Report of the Indian Hemp Drugs Commission, 1894-1895 - Volume I
Year: 1894
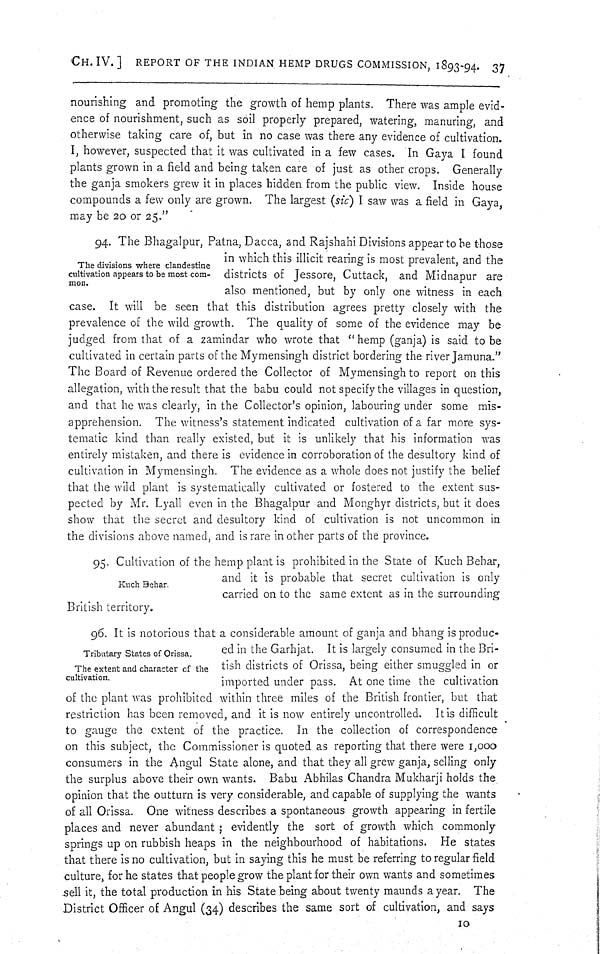
CH. IV.] REPORT OF THE INDIAN HEMP DRUGS COMMISSION, 1893-94. 37
nourishing and promoting the growth of hemp plants. There was ample evid-
ence of nourishment, such as soil properly prepared, watering, manuring, and
otherwise taking care of, but in no case was there any evidence of cultivation.
I, however, suspected that it was cultivated in a few cases. In Gaya I found
plants grown in a field and being taken care of just as other crops. Generally
the ganja smokers grew it in places hidden from the public view. Inside house
compounds a few only are grown. The largest (sic) I saw was a field in Gaya,
may be 20 or 25."
The divisions where clandestine
cultivation appears to be most com-
mon.
94. The Bhagalpur, Patna, Dacca, and Rajshahi Divisions appear to be those
in which this illicit rearing is most prevalent, and the
districts of Jessore, Cuttack, and Midnapur are
also mentioned, but by only one witness in each
case. It will be seen that this distribution agrees pretty closely with the
prevalence of the wild growth. The quality of some of the evidence may be
judged from that of a zamindar who wrote that "hemp (ganja) is said to be
cultivated in certain parts of the Mymensingh district bordering the river Jamuna."
The Board of Revenue ordered the Collector of Mymensingh to report on this
allegation, with the result that the babu could not specify the villages in question,
and that he was clearly, in the Collector's opinion, labouring under some mis-
apprehension. The witness's statement indicated cultivation of a far more sys-
tematic kind than really existed, but it is unlikely that his information was
entirely mistaken, and there is evidence in corroboration of the desultory kind of
cultivation in Mymensingh. The evidence as a whole does not justify the belief
that the wild plant is systematically cultivated or fostered to the extent sus-
pected by Mr. Lyall even in the Bhagalpur and Monghyr districts, but it does
show that the secret and desultory kind of cultivation is not uncommon in
the divisions above named, and is rare in other parts of the province.
Kuch Behar.
95. Cultivation of the hemp plant is prohibited in the State of Kuch Behar,
and it is probable that secret cultivation is only
carried on to the same extent as in the surrounding
British territory.
Tributary States of Orissa.
The extent and character of the
cultivation.
96. It is notorious that a considerable amount of ganja and bhang is produc-
ed in the Garhjat. It is largely consumed in the Bri-
tish districts of Orissa, being either smuggled in or
imported under pass. At one time the cultivation
of the plant was prohibited within three miles of the British frontier, but that
restriction has been removed, and it is now entirely uncontrolled. It is difficult
to gauge the extent of the practice. In the collection of correspondence
on this subject, the Commissioner is quoted as reporting that there were 1,000
consumers in the Angul State alone, and that they all grew ganja, selling only
the surplus above their own wants. Babu Abhilas Chandra Mukharji holds the
opinion that the outturn is very considerable, and capable of supplying the wants
of all Orissa. One witness describes a spontaneous growth appearing in fertile
places and never abundant; evidently the sort of growth which commonly
springs up on rubbish heaps in the neighbourhood of habitations. He states
that there is no cultivation, but in saying this he must be referring to regular field
culture, for he states that people grow the plant for their own wants and sometimes
sell it, the total production in his State being about twenty maunds a year. The
District Officer of Angul (34) describes the same sort of cultivation, and says
10